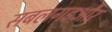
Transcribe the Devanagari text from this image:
सबलगडऔर